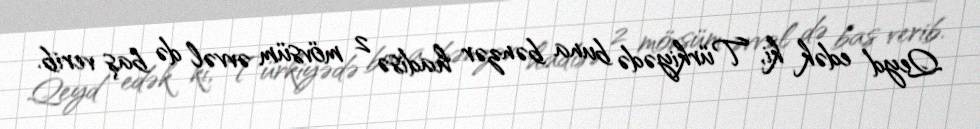
Qeyd edək ki, Türkiyədə buna bənzər hadisə 2 mövsüm əvvəl də baş verib.